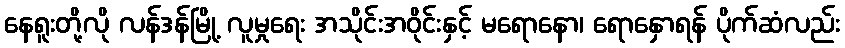
နေရူးတို့လို လန်ဒန်မြို့ လူမှုရေး အသိုင်းအဝိုင်းနှင့် မရောနော၊ ရောနှောရန် ပိုက်ဆံလည်း